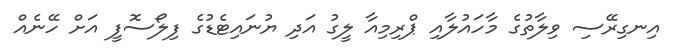
އިނގިރޭސި ވިލާތުގެ މާހައުލާއި ޕްރިމިއާ ލީގު އަދި ޔުނައިޓެޑުގެ ފިލޯސޮފީ އަށް ހޭނެއް